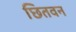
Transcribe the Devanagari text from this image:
छितवन